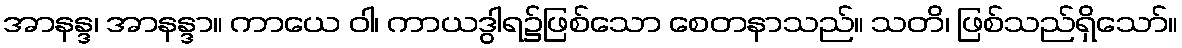
အာနန္ဒ၊ အာနန္ဒာ။ ကာယေ ဝါ၊ ကာယဒွါရ၌ဖြစ်သော စေတနာသည်။ သတိ၊ ဖြစ်သည်ရှိသော်။